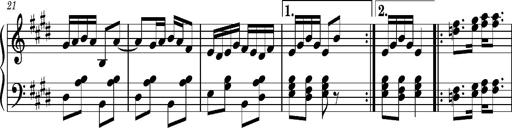
Title: Ungarischer Romanzero
Composer: Franz Liszt